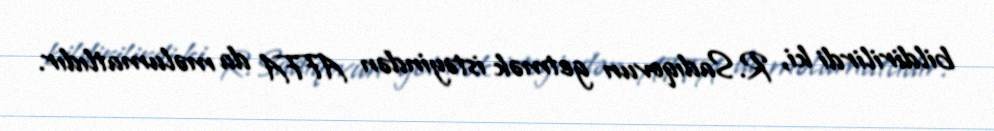
bildirilirdi ki, R.Sadıqovun getmək istəyindən AFFA da məlumatlıdır.